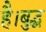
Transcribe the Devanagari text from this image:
है।बुद्ध